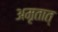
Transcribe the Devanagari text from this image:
अमृतात्‌